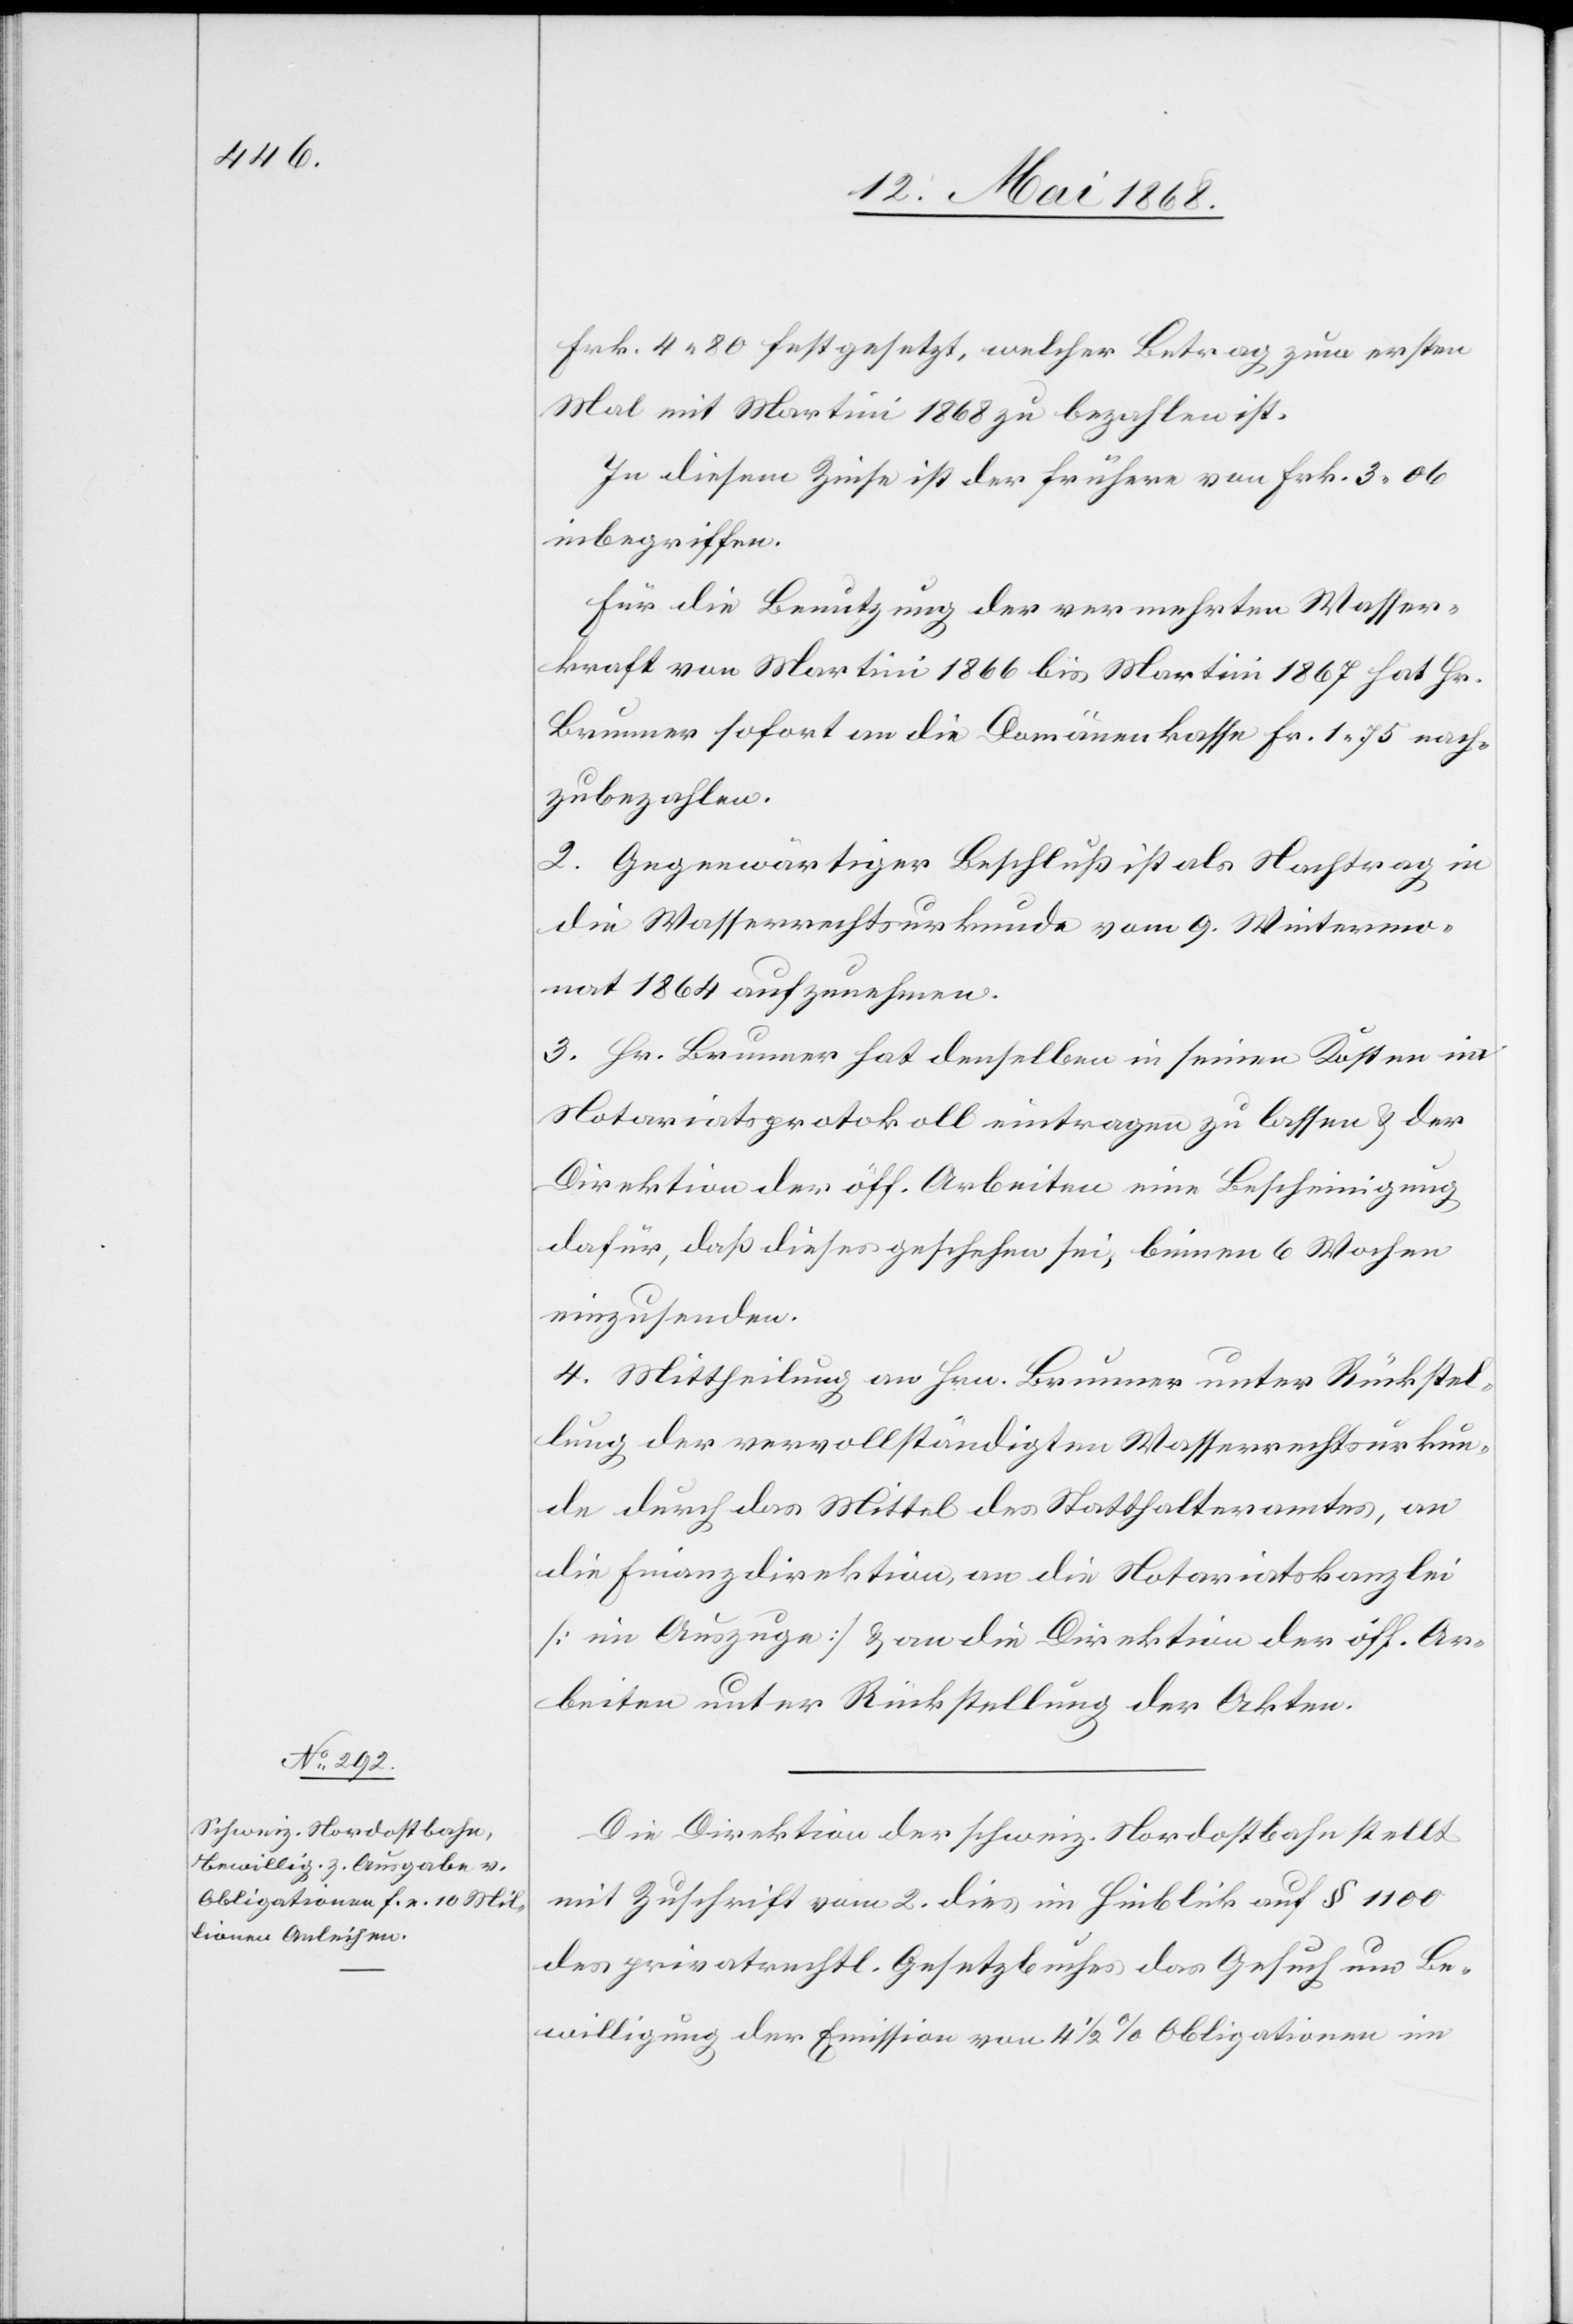
Frk. 4. 80 festgesetzt, welcher Betrag zum ersten
Mal mit Martini 1868 zu bezahlen ist.
In diesem Zinse ist der frühere von Frk. 3. 06
inbegriffen.
Für die Benutzung der vermehrten Wasser¬
kraft von Martini 1866 bis Martini 1867 hat Hr.
Brunner sofort an die Domänenkasse Fr. 1. 75 nach¬
zubezahlen.
2. Gegenwärtiger Beschuß ist als Nachtrag in
die Wasserrechtsurkunde vom [1]9. Wintermo¬
nat 1864 aufzunehmen.
3. Hr. Brunner hat denselben in seinen Kosten im
Notariatsprotokoll eintragen zu lassen & der
Direktion der öff. Arbeiten eine Bescheinigung
dafür, daß dieses geschehen sei, binnen 6 Wochen
einzusenden.
4. Mittheilung an Hrn. Brunner unter Rückstel¬
lung der vervollständigten Wasserrechtsurkun¬
de durch das Mittel des Statthalteramtes, an
die Finanzdirektion, an die Notariatskanzlei
[im Auszuge] & an die Direktion der öff. Ar¬
beiten unter Rückstellung der Akten.
Die Direktion der schweiz. Nordostbahn stellt
mit Zuschrift vom 2. dies im Hinblick auf § 1100
des privatrechtl. Gesetzbuches das Gesuch um Be¬
willigung der Emission von 4 1/2 % Obligationen im